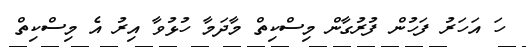
ހަ އަހަރު ފަހުން ފުރުގާން މިސްކިތް މާދަމާ ހުޅުވާ އިރު އެ މިސްކިތް